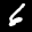
Label: 6